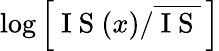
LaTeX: \log\left[\mathrm{~I~S~}(x)/\overline{{\mathrm{~I~S~}}}\, \right]